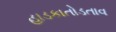
હાડકાતોડતાવ